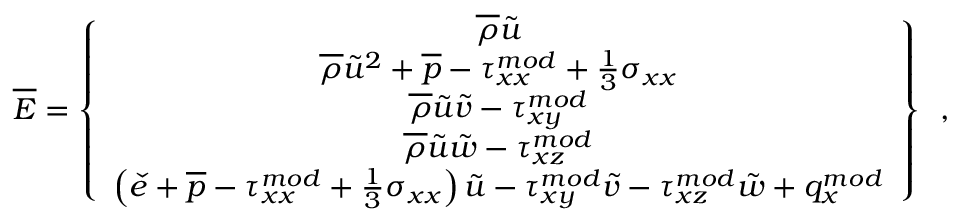
\overline { { E } } = \left\{ \begin{array} { c } { \overline { { \rho } } \tilde { u } } \\ { \overline { { \rho } } \tilde { u } ^ { 2 } + \overline { { p } } - { \tau } _ { x x } ^ { m o d } + \frac { 1 } { 3 } \sigma _ { x x } } \\ { \overline { { \rho } } \tilde { u } \tilde { v } - { \tau } _ { x y } ^ { m o d } } \\ { \overline { { \rho } } \tilde { u } \tilde { w } - { \tau } _ { x z } ^ { m o d } } \\ { \left( \check { e } + \overline { { p } } - { \tau } _ { x x } ^ { m o d } + \frac { 1 } { 3 } \sigma _ { x x } \right) \tilde { u } - { \tau } _ { x y } ^ { m o d } \tilde { v } - { \tau } _ { x z } ^ { m o d } \tilde { w } + q _ { x } ^ { m o d } } \end{array} \right\} \, \mathrm { ~ , ~ }